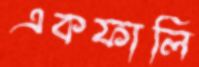
একফালি